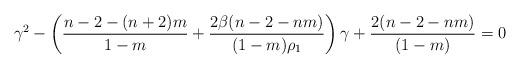
LaTeX: \begin{align*}\gamma^2-\left(\frac{n-2-(n+2)m}{1-m}+\frac{2\beta(n-2-nm)}{(1-m)\rho_1}\right)\gamma+\frac{2(n-2-nm)}{(1-m)}=0\end{align*}